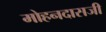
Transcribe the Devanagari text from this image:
मोहनदासजी